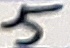
Text: 5